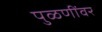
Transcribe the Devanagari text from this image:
पुळणींवर